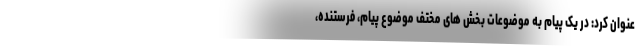
عنوان کرد: در یک پیام به موضوعات بخش های مختف موضوع پیام، فرستنده،